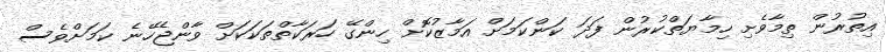
އިތުރުން ތިމާވެށި ހިމާޔަތްކުރުން ފަދަ ކަންކަމަށް އަމާޒުކޮށް ހިންގޭ ހަރަކާތްތަކަކަށް ވާންޖެހޭނެ ކަމަށްވެސް